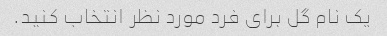
یک نام گل برای فرد مورد نظر انتخاب کنید.